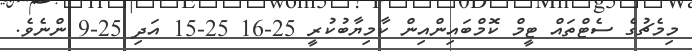
މިމެޗުގެ ސެޓްތައް ޓީމް ކޮމްބައިންއިން ކާމިޔާބުކުރީ 25-16 25-15 އަދި 25-9 ންނެވެ.